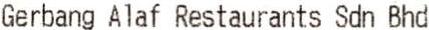
GERBANG ALAF RESTAURANTS SDN BHD